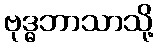
ဗုဒ္ဓဘာသာသို့